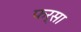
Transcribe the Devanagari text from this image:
फर्सा